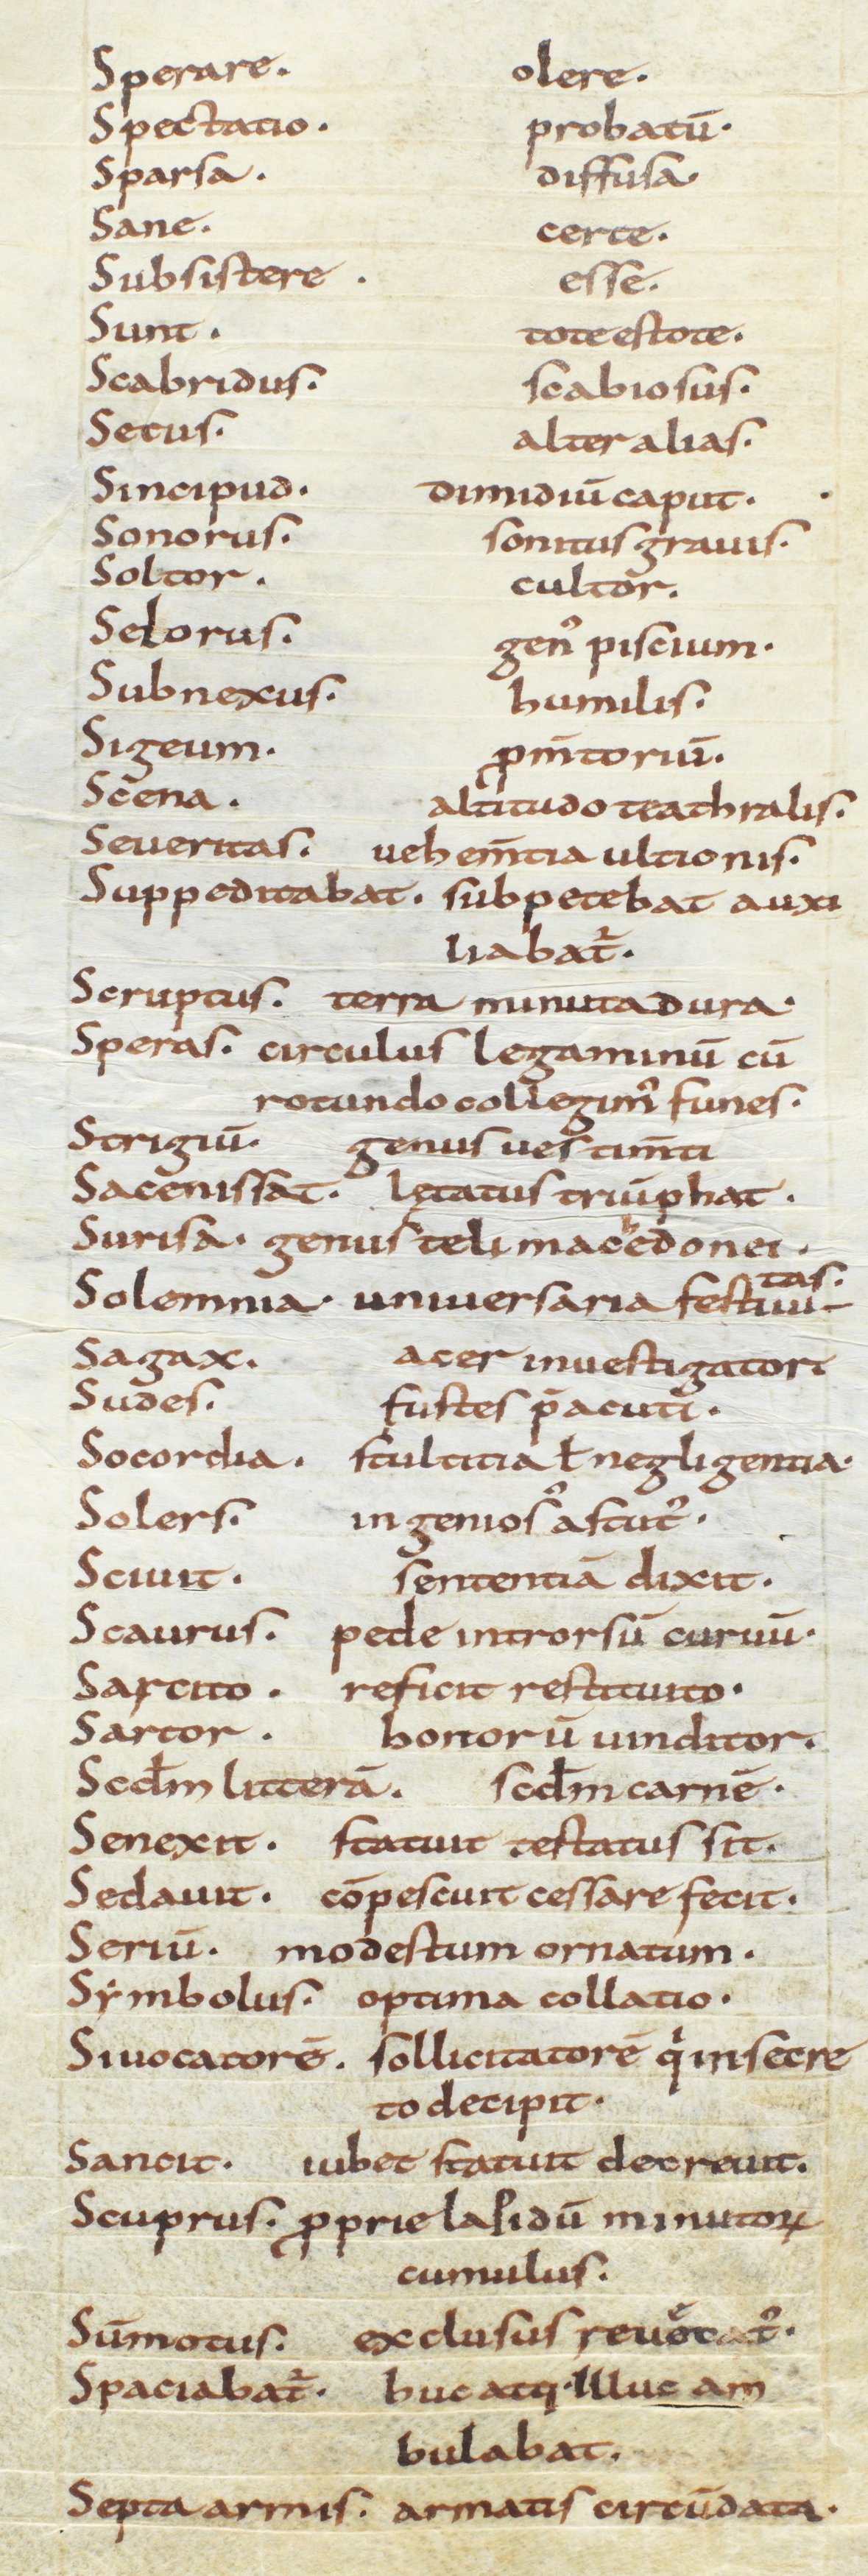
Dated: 850–915